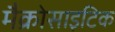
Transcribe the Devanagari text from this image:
मैक्रोसाइटिक